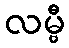
လမ္ဗီ